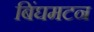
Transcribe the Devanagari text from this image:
बिंघमटन